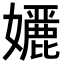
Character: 𭒭